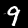
Digit: 9